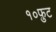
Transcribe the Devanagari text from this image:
१०फ़ुट